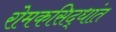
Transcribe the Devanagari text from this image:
रोमकसिद्धांत